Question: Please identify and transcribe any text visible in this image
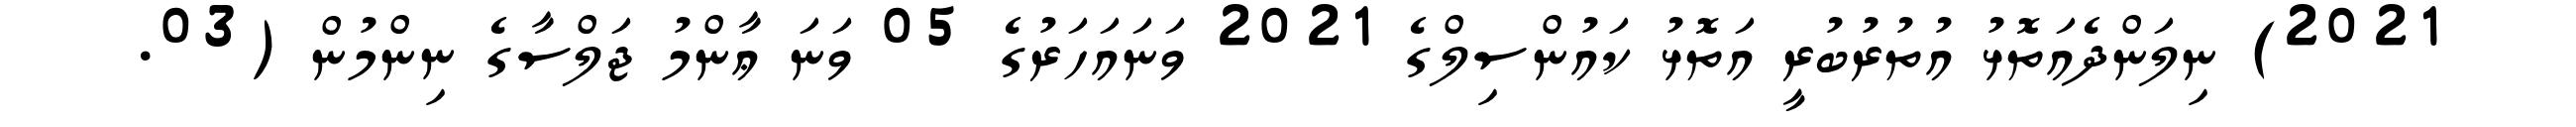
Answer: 2021) ނިލަންދެއަތޮޅު އުތުރުބުރީ އަތޮޅު ކައުންސިލްގެ 2021 ވަނައަހަރުގެ 05 ވަނަ ޢާންމު ޖަލްސާގެ ނިންމުން (03.